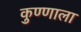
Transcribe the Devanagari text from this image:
कुण्णाला